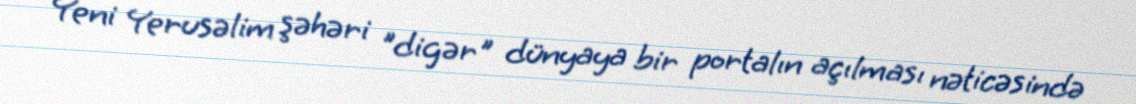
Yeni Yerusəlim şəhəri "digər" dünyaya bir portalın açılması nəticəsində